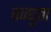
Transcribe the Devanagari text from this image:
बन्धुता